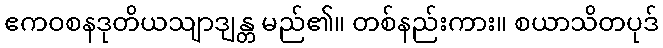
ဧကဝစနဒုတိယသျာဒျန္တ မည်၏။ တစ်နည်းကား။ စယာသိတပုဒ်